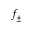
f _ { \pm }